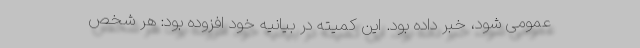
عمومی شود، خبر داده بود. این کمیته در بیانیه خود افزوده بود: هر شخص